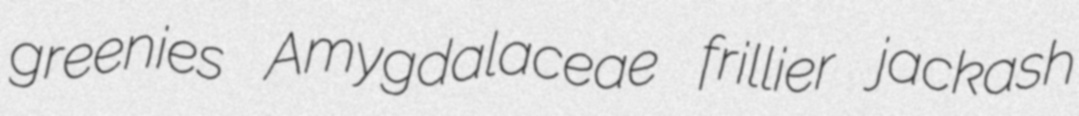
greenies Amygdalaceae frillier jackash